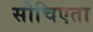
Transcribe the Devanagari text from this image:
सोचिएता